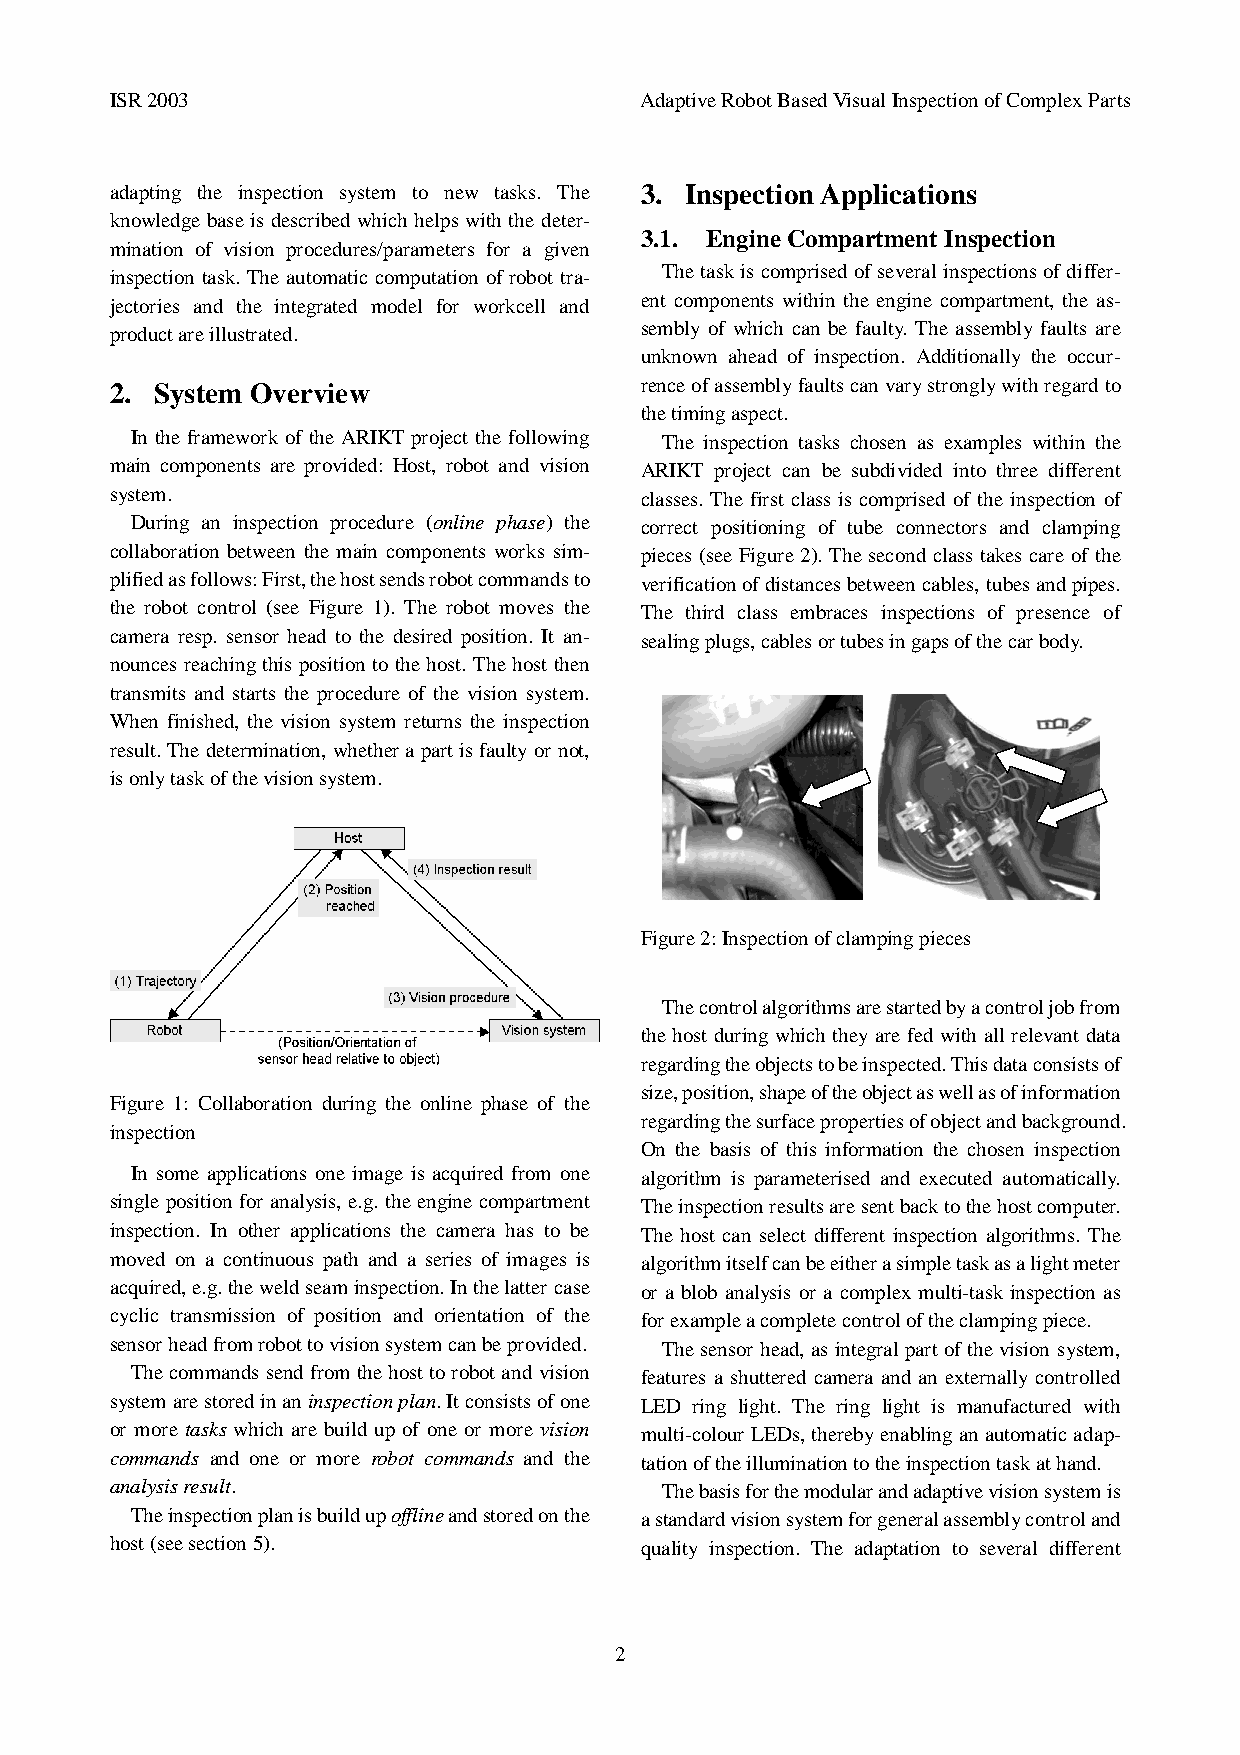
ISR 2003                           Adaptive Robot Based Visual Inspection of Complex Parts
 adapting the inspection system to new tasks. The 3. Inspection Applications
 knowledge base is described which helps with the deter-
 3.1. Engine Compartment Inspection
 mination of vision procedures/parameters for a given
 inspection task. The automatic computation of robot tra- The task is comprised of several inspections of differ-
 jectories and the integrated model for workcell and ent components within the engine compartment, the as-
 sembly of which can be faulty. The assembly faults are
 product are illustrated.
 unknown ahead of inspection. Additionally the occur-
 2. System Overview                 rence of assembly faults can vary strongly with regard to
 the timing aspect.
 In the framework of the ARIKT project the following The inspection tasks chosen as examples within the
 main components are provided: Host, robot and vision ARIKT project can be subdivided into three different
 system.                            classes. The first class is comprised of the inspection of
 During an inspection procedure (online phase) the correct positioning of tube connectors and clamping
 collaboration between the main components works sim- pieces (see Figure 2). The second class takes care of the
 plified as follows: First, the host sends robot commands to verification of distances between cables, tubes and pipes.
 the robot control (see Figure 1). The robot moves the The third class embraces inspections of presence of
 camera resp. sensor head to the desired position. It an- sealing plugs, cables or tubes in gaps of the car body.
 nounces reaching this position to the host. The host then
 transmits and starts the procedure of the vision system.
 When finished, the vision system returns the inspection
 result. The determination, whether a part is faulty or not,
 is only task of the vision system.
 Figure 2: Inspection of clamping pieces
 The control algorithms are started by a control job from
 the host during which they are fed with all relevant data
 regarding the objects to be inspected. This data consists of
 size, position, shape of the object as well as of information
 Figure 1: Collaboration during the online phase of the
 regarding the surface properties of object and background.
 inspection
 On the basis of this information the chosen inspection
 In some applications one image is acquired from one algorithm is parameterised and executed automatically.
 single position for analysis, e.g. the engine compartment The inspection results are sent back to the host computer.
 inspection. In other applications the camera has to be The host can select different inspection algorithms. The
 moved on a continuous path and a series of images is algorithm itself can be either a simple task as a light meter
 acquired, e.g. the weld seam inspection. In the latter case or a blob analysis or a complex multi-task inspection as
 cyclic transmission of position and orientation of the for example a complete control of the clamping piece.
 sensor head from robot to vision system can be provided. The sensor head, as integral part of the vision system,
 The commands send from the host to robot and vision features a shuttered camera and an externally controlled
 system are stored in an inspection plan. It consists of one LED ring light. The ring light is manufactured with
 or more tasks which are build up of one or more vision multi-colour LEDs, thereby enabling an automatic adap-
 commands and one or more robot commands and the tation of the illumination to the inspection task at hand.
 analysis result.                     The basis for the modular and adaptive vision system is
 The inspection plan is build up offline and stored on the a standard vision system for general assembly control and
 host (see section 5).              quality inspection. The adaptation to several different
 2